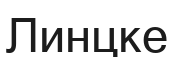
Линцке